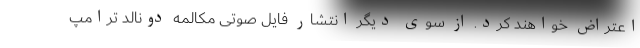
اعتراض خواهند کرد. از سوی دیگر انتشار فایل صوتی مکالمه دونالد ترامپ